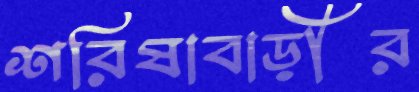
শরিষাবাড়ীর